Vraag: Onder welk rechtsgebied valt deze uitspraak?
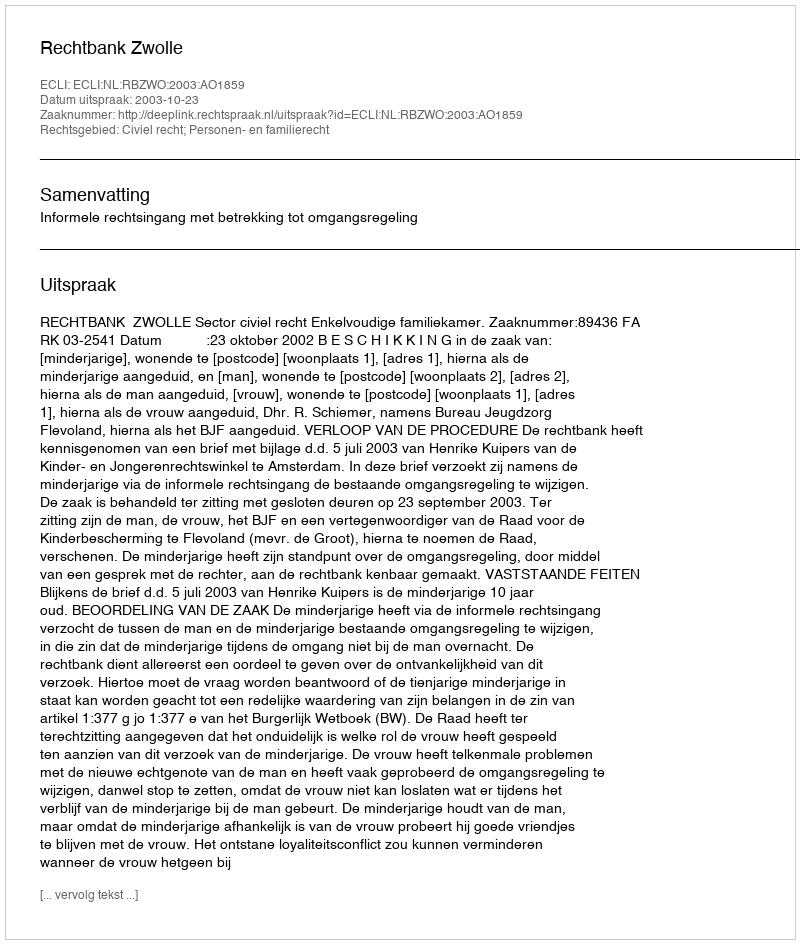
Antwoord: Civiel recht; Personen- en familierecht